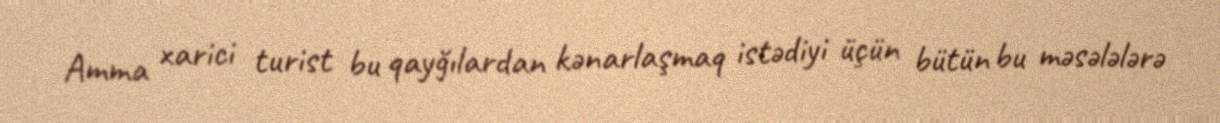
Amma xarici turist bu qayğılardan kənarlaşmaq istədiyi üçün bütün bu məsələlərə